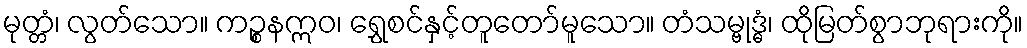
မုတ္တံ၊ လွတ်သော။ ကဉ္စနဣဝ၊ ရွှေစင်နှင့်တူတော်မူသော။ တံသမ္ဗုဒ္ဓံ၊ ထိုမြတ်စွာဘုရားကို။